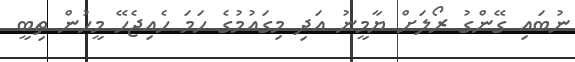
ނުބައި ގޭންގު ރޯލަށް ޔާމީނު އަދި މިގައުމުގެ ހަމަ ހެއިޖެހޭ މީހުން ތިބީ